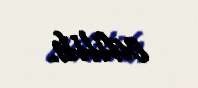
edilib.